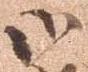
御